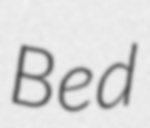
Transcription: Bed